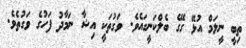
ތިބީ ނީލަމް އުޅޭ ގޭގެ ބެލްކަނީގައެވެ. ވަގުތަކީ އިޝާ ނަމާދު ފަހުގެ ވަގުތެވެ.